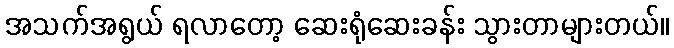
အသက်အရွယ် ရလာတော့ ဆေးရုံဆေးခန်း သွားတာများတယ်။